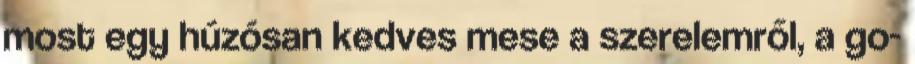
most egy húzósan kedves mese a szerelemről, a go-